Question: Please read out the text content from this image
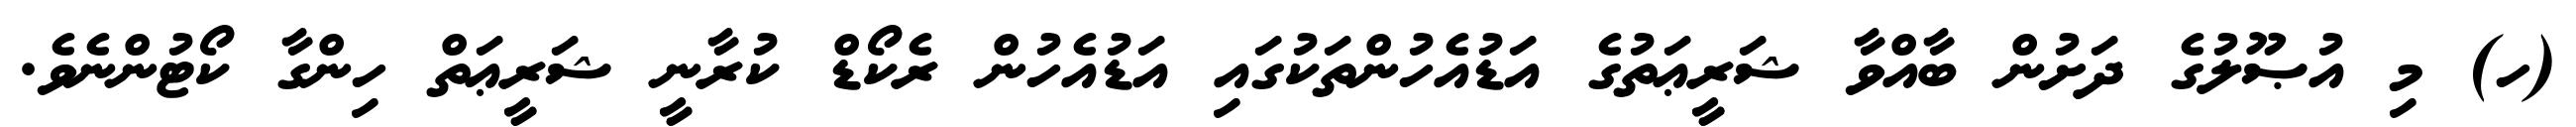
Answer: (ހ) މި އުޞޫލުގެ ދަށުން ބާއްވާ ޝަރީޢަތުގެ އަޑުއެހުންތަކުގައި އަޑުއެހުން ރެކޯޑް ކުރާނީ ޝަރީޢަތް ހިންގާ ކޯޓުންނެވެ.